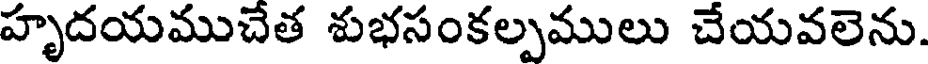
హృదయముచేత శుభసంకల్పములు చేయవలెను.